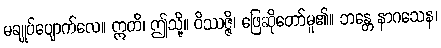
မချုပ်ပျောက်လေ။ ဣတိ၊ ဤသို့။ ဝိဿဇ္ဇိ၊ ဖြေဆိုတော်မူ၏။ ဘန္တေ နာဂသေန၊